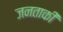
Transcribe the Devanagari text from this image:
जनताकी